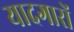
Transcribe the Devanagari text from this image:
यादगारों